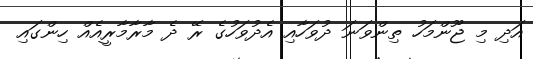
އަދި މި ޖޫންމަހު ތިންވަނަ ދުވަހާއި އެދުވަހުގެ ރޭ ދެ މާރާމާރީއެއް ހިންގައި